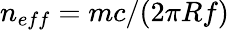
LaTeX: n_{eff}=mc/(2\pi Rf)